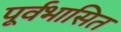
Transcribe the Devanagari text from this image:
पूर्वभासित